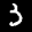
Label: 3